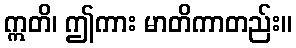
ဣတိ၊ ဤကား မာတိကာတည်း။